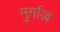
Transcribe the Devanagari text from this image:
मुर्गाज़